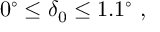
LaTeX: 0 ^ { \circ } \le \delta _ { 0 } \le 1 . 1 ^ { \circ } ~ ,